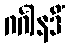
ဂင်္ဂါနဒိံ